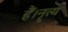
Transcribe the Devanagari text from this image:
हैं।नॄत्य